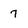
Character: 7